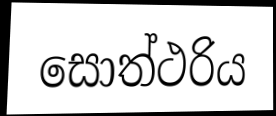
සොත්ථරිය